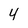
Character: 4